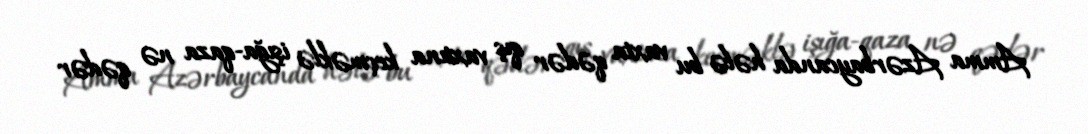
Amma Azərbaycanda hələ bu vaxta qədər qış vaxtına keçməklə işığa-qaza nə qədər